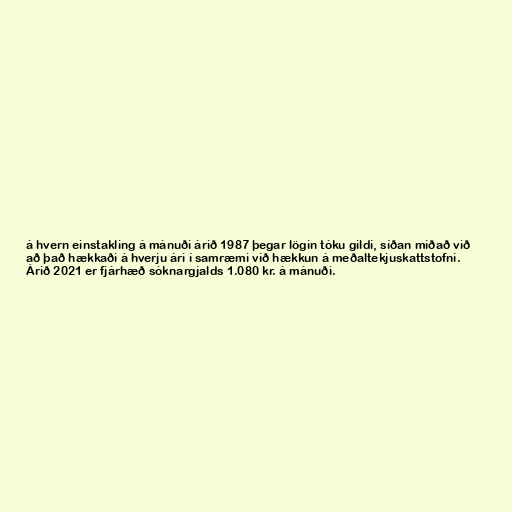
á hvern einstakling á mánuði árið 1987 þegar lögin tóku gildi, síðan miðað við
að það hækkaði á hverju ári í samræmi við hækkun á meðaltekjuskattstofni.
Árið 2021 er fjárhæð sóknargjalds 1.080 kr. á mánuði.